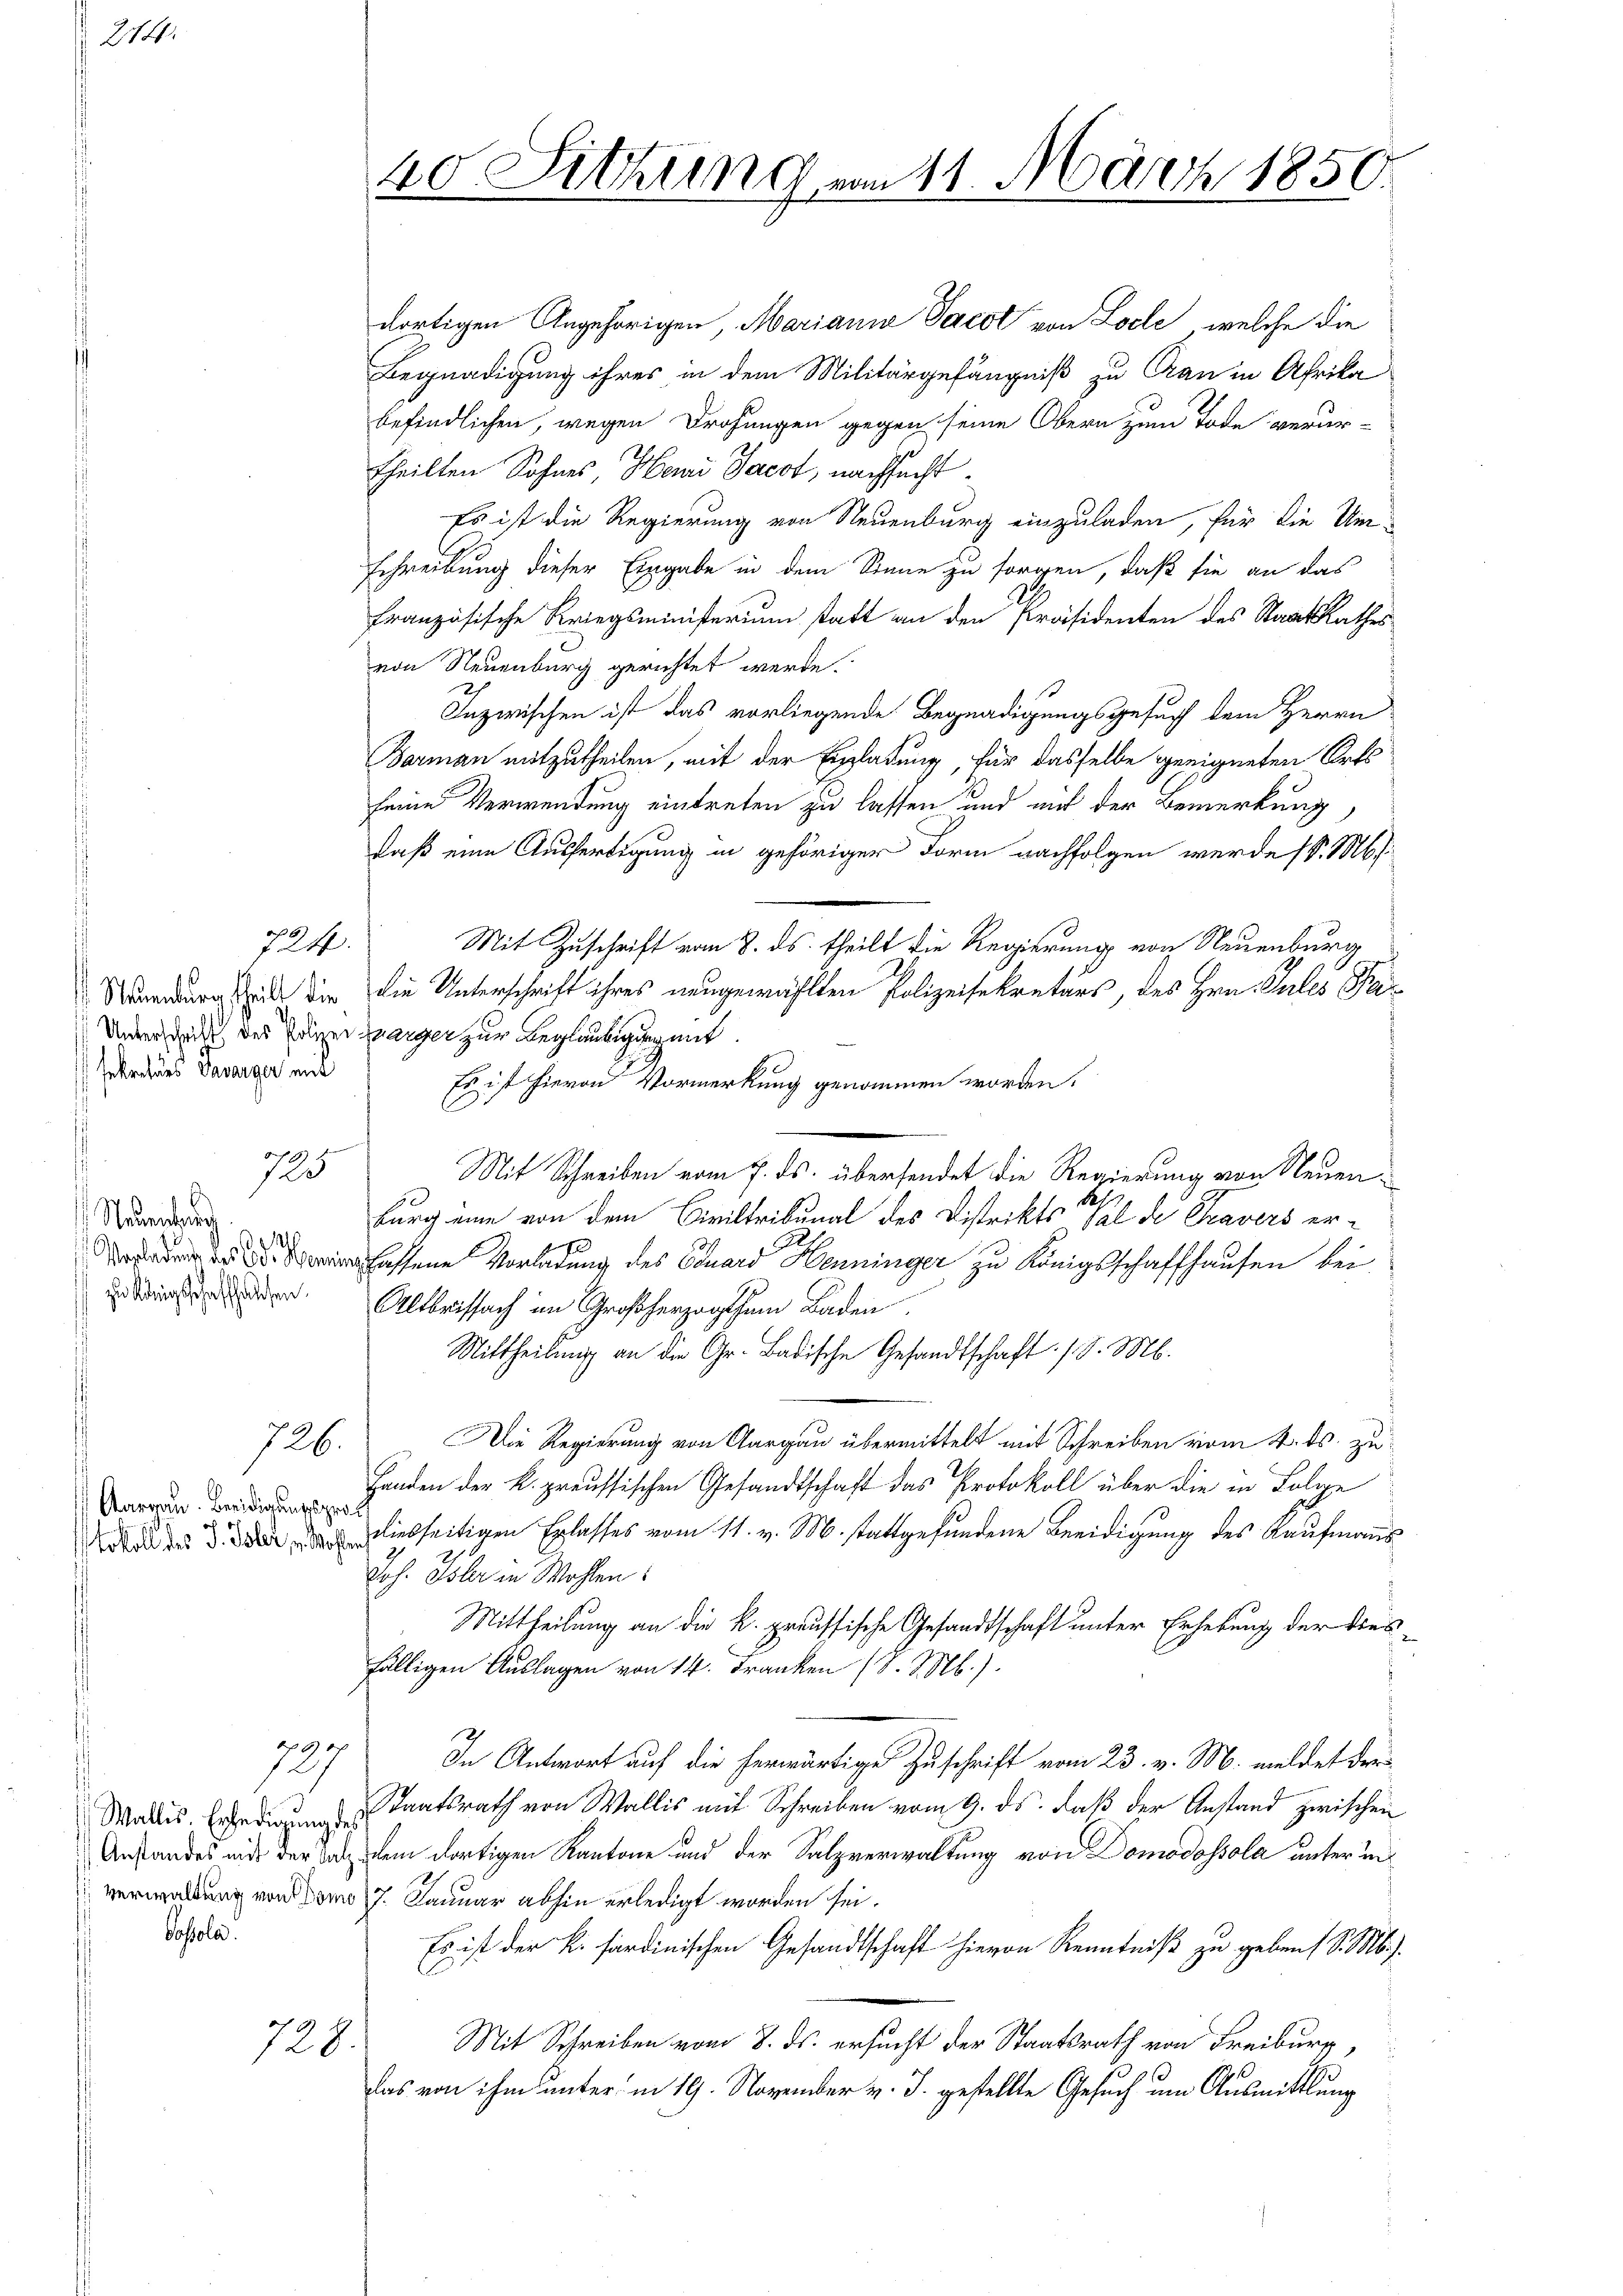
214.

724.
sekent des Taverger unt

725

Neuenburg
. 120
zu Königsschaffhausen.

726.

Aargau. Beeidigungsprot
Eid

6

12.
Wallis. Erledigung des
Sosola.

728.

40 Sitzung vom 11. März 1850.

dortigen Angehörigen, Marianna Jacot von Locle, welche die
Begnadigung ihres in dem Militärgefängniß zu Cran in Afrika
befindlichen, wegen Drohungen gegen seine Obern zum Tode verur-
theilten Sohnes, Herr Jacot, nachsucht.
Es ist die Regierung von Neuenburg einzuladen, für die Um¬
Schreibung dieser Eingabe in dem Sinne zu sorgen, daß sie an das
französische Kriegsministerium statt an den Präsidenten des Staatsrathes
von Neuenburg gerichtet werde.
s
Inzwischen ist das vorliegende Begnadigungsgesuch dem Herrn
Bormann mitzutheilen, mit der Einladung für dasselbe geeigneten Orts
seine Verwendung eintreten zu lassen und mit der Bemerkung
daß eine Ausfertigung in gehöriger Form nachfolgen werde (v. Mts.
Mit Zuschrift vom 8. ds. theilt die Regierung von Neuenburg
rurg und die die Unterschrift ihres neugewählten Polizeisekretärs, des Hrn. Pules Pa¬
Untersdruck des Polizer Zuerger zur Beglaubigung mit
Es ist hievon Vormerkung genommen worden.
Mit Schreiben vom 7. ds. übersendet die Regierung von Neueng
d
burg eine von dem Civiltribunal des Distrikts sal der Tavers er-
fassene Vorladung des Eduard Henninger zu Königsschaffhausen bei
Altbrissach im Großherzogthum Baden
Mittheilung an die Gr. Badische Gesandtschaft. /. M.
Die Regierung von Aargau übermittelt mit Schreiben vom 4. ds. zu¬
Handen der k. preussischen Gesandtschaft das Protokoll über die in Folge
ade des d. d. d. 2 bliebseitigen Erlasses vom 11. v. M. stattgefundene Beeidigung des Kaufmanns¬
Jos. Isler in Wohlen!
Mittheilung an die k. preussische Gesandtschaft unter Erhebung der diesfälligen Auslagen von 14. Franken (S. M. Nb.).
In Antwort auf die herwärtige Zuschrift vom 23. v. M. meldet der-
Staatsrath von Wallis mit Schreiben vom 9. ds. daß der Anstand zwischen
Anstandes mit der Tod dem dortigen Kantone und der Salzverwaltung von Domodossola unter in
verwaltung von vom 17. Januar abhin erledigt worden sei.
Es ist der k. Ferdinischen Gesandtschaft hievon Kenntniß zu geben (S. M.
Mit Schreiben vom 8. ds. ersucht der Staatsrath von Freiburg,
das von ihm unter in 19. November v. J. gestellte Gesuch um Ausmittlung